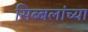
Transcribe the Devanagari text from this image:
सिब्बलांच्या